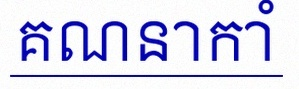
គណនាកាំ